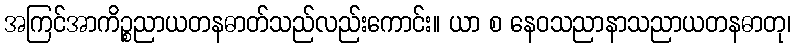
အကြင်အာကိဉ္စညာယတနဓာတ်သည်လည်းကောင်း။ ယာ စ နေဝသညာနာသညာယတနဓာတု၊